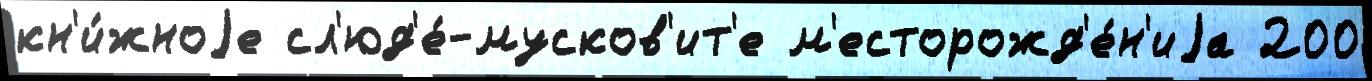
кн'и́жноjе сл'юд'е́-мусков'ит'е м'есторожд'е́н'иjа 200